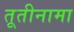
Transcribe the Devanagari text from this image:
तूतीनामा